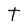
Character: t